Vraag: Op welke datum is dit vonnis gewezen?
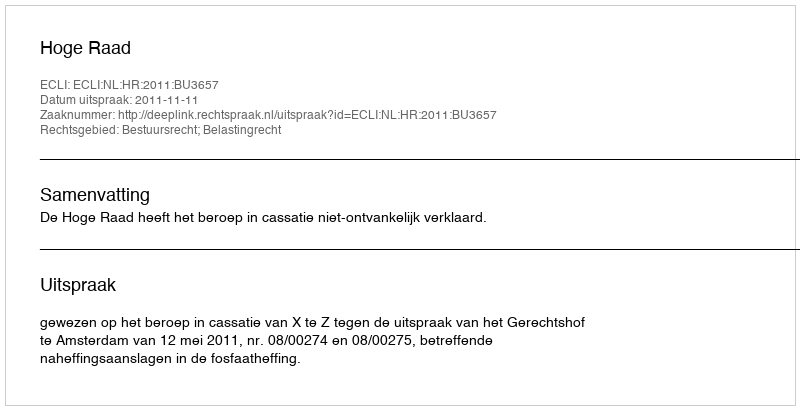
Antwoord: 2011-11-11